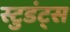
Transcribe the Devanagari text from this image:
स्टुडंट्‍स